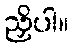
ညှိပါ။